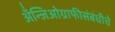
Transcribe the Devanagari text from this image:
अँन्जिओग्राफीसंबंधीचे